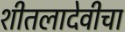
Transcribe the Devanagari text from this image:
शीतलादेवीचा